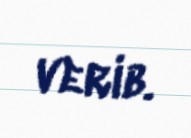
verib.